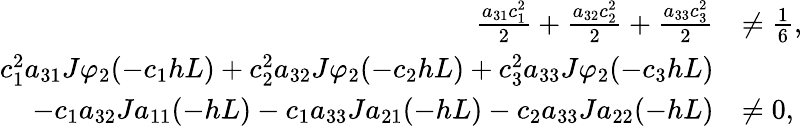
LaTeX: \begin{array}{rl}{\frac{a_{31}c_{1}^{2}}{2}+\frac{a_{32}c_{2}^{2}}{2}+\frac{a_{33}c_{3}^{2}}{2}}&{\ne\frac{1}{6},}\\ {c_{1}^{2}a_{31}J\varphi_{2}(-c_{1}hL)+c_{2}^{2}a_{32}J\varphi_{2}(-c_{2}hL)+c_{3}^{2}a_{33}J\varphi_{2}(-c_{3}hL)}\\ {-c_{1}a_{32}Ja_{11}(-hL)-c_{1}a_{33}Ja_{21}(-hL)-c_{2}a_{33}Ja_{22}(-hL)}&{\ne 0,}\end{array}